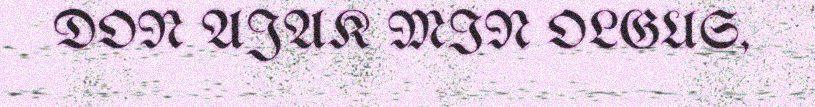
DON AJAK MIN OLGUS,